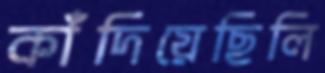
কাঁদিয়েছিলি